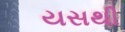
યસથી